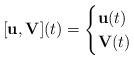
LaTeX: \begin{align*} [\mathbf u,\mathbf V](t) = \begin{cases} \mathbf u(t) & \\ \mathbf V(t) & \end{cases}\end{align*}